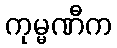
ကုမ္မဏီက